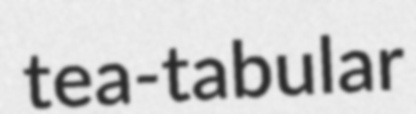
tea-tabular